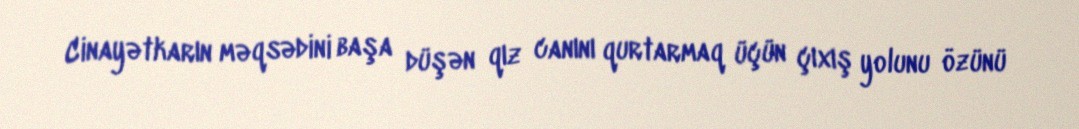
Cinayətkarın məqsədini başa düşən qız canını qurtarmaq üçün çıxış yolunu özünü